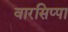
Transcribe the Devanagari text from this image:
वारसिप्पा